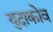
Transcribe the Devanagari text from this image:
युदाकोव